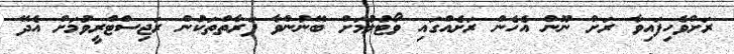
ރަށްވެހިފައިވާ ރަށް ނޫން އެހެން ރަށެއްގައި ވޯޓުލުމަށް ބޭނުންވާ ފަރާތްތަކުން ރަޖިސްޓްރީވުމަށް އެދޭ